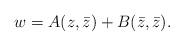
LaTeX: \begin{align*}w = A(z,\bar{z}) + B(\bar{z},\bar{z}) .\end{align*}